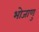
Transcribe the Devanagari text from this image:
भोजाणु